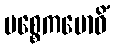
ပစ္စေကဗောဓိံ